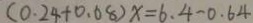
( 0 . 2 4 + 0 . 0 8 ) x = 6 . 4 - 0 . 6 4